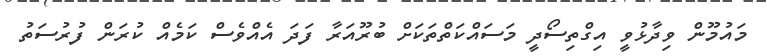
މައުމޫން ވިދާޅުވީ އިގްތިސޯދީ މަސައްކަތްތަކަށް ބުރޫއަރާ ފަދަ އެއްވެސް ކަމެއް ކުރަން ފުރުސަތު